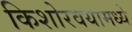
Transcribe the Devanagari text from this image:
किशोरवयामध्ये